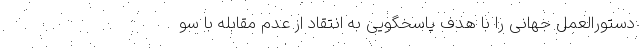
دستورالعمل جهانی را با هدف پاسخگویی به انتقاد از عدم مقابله با سو